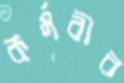
কর্মবীর